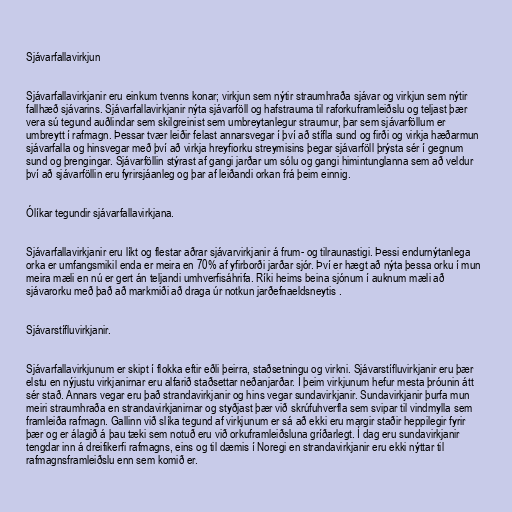
Sjávarfallavirkjun

Sjávarfallavirkjanir eru einkum tvenns konar; virkjun sem nýtir straumhraða sjávar og virkjun sem nýtir
fallhæð sjávarins. Sjávarfallavirkjanir nýta sjávarföll og hafstrauma til raforkuframleiðslu og teljast þær
vera sú tegund auðlindar sem skilgreinist sem umbreytanlegur straumur, þar sem sjávarföllum er
umbreytt í rafmagn. Þessar tvær leiðir felast annarsvegar í því að stífla sund og firði og virkja hæðarmun
sjávarfalla og hinsvegar með því að virkja hreyfiorku streymisins þegar sjávarföll þrýsta sér í gegnum
sund og þrengingar. Sjávarföllin stýrast af gangi jarðar um sólu og gangi himintunglanna sem að veldur
því að sjávarföllin eru fyrirsjáanleg og þar af leiðandi orkan frá þeim einnig.

Ólíkar tegundir sjávarfallavirkjana.

Sjávarfallavirkjanir eru líkt og flestar aðrar sjávarvirkjanir á frum- og tilraunastigi. Þessi endurnýtanlega
orka er umfangsmikil enda er meira en 70% af yfirborði jarðar sjór. Því er hægt að nýta þessa orku í mun
meira mæli en nú er gert án teljandi umhverfisáhrifa. Ríki heims beina sjónum í auknum mæli að
sjávarorku með það að markmiði að draga úr notkun jarðefnaeldsneytis .

Sjávarstífluvirkjanir.

Sjávarfallavirkjunum er skipt í flokka eftir eðli þeirra, staðsetningu og virkni. Sjávarstífluvirkjanir eru þær
elstu en nýjustu virkjanirnar eru alfarið staðsettar neðanjarðar. Í þeim virkjunum hefur mesta þróunin átt
sér stað. Annars vegar eru það strandavirkjanir og hins vegar sundavirkjanir. Sundavirkjanir þurfa mun
meiri straumhraða en strandavirkjanirnar og styðjast þær við skrúfuhverfla sem svipar til vindmylla sem
framleiða rafmagn. Gallinn við slíka tegund af virkjunum er sá að ekki eru margir staðir heppilegir fyrir
þær og er álagið á þau tæki sem notuð eru við orkuframleiðsluna gríðarlegt. Í dag eru sundavirkjanir
tengdar inn á dreifikerfi rafmagns, eins og til dæmis í Noregi en strandavirkjanir eru ekki nýttar til
rafmagnsframleiðslu enn sem komið er.